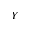
Y